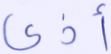
أذى